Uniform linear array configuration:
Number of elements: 4
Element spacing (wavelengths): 0.25
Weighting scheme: uniform
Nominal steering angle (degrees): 30
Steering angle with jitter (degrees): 31.447
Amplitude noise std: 0.05
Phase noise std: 0.05

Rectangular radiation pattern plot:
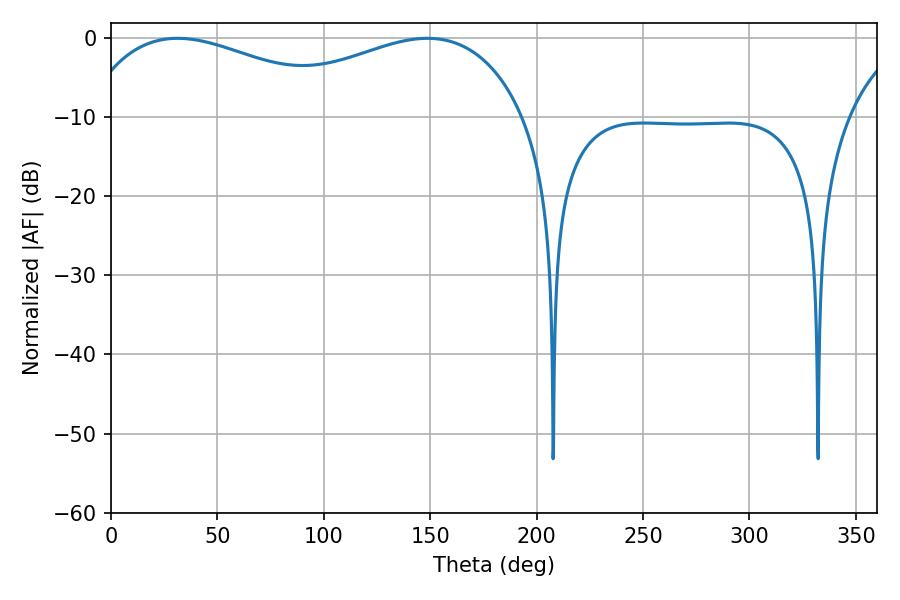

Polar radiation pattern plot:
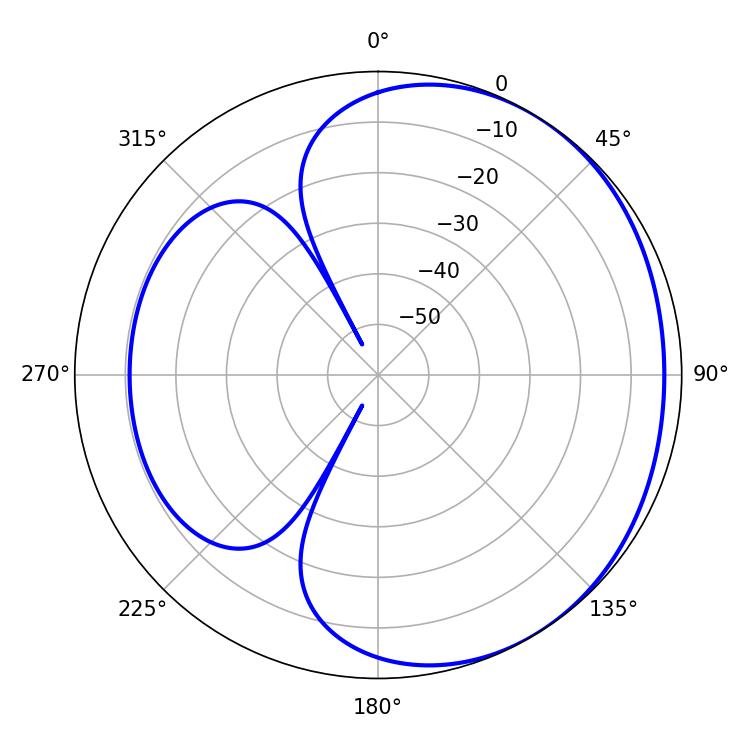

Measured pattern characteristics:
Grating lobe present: FALSE
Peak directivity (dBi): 2.022
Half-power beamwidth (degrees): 72.18
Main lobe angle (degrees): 31.32